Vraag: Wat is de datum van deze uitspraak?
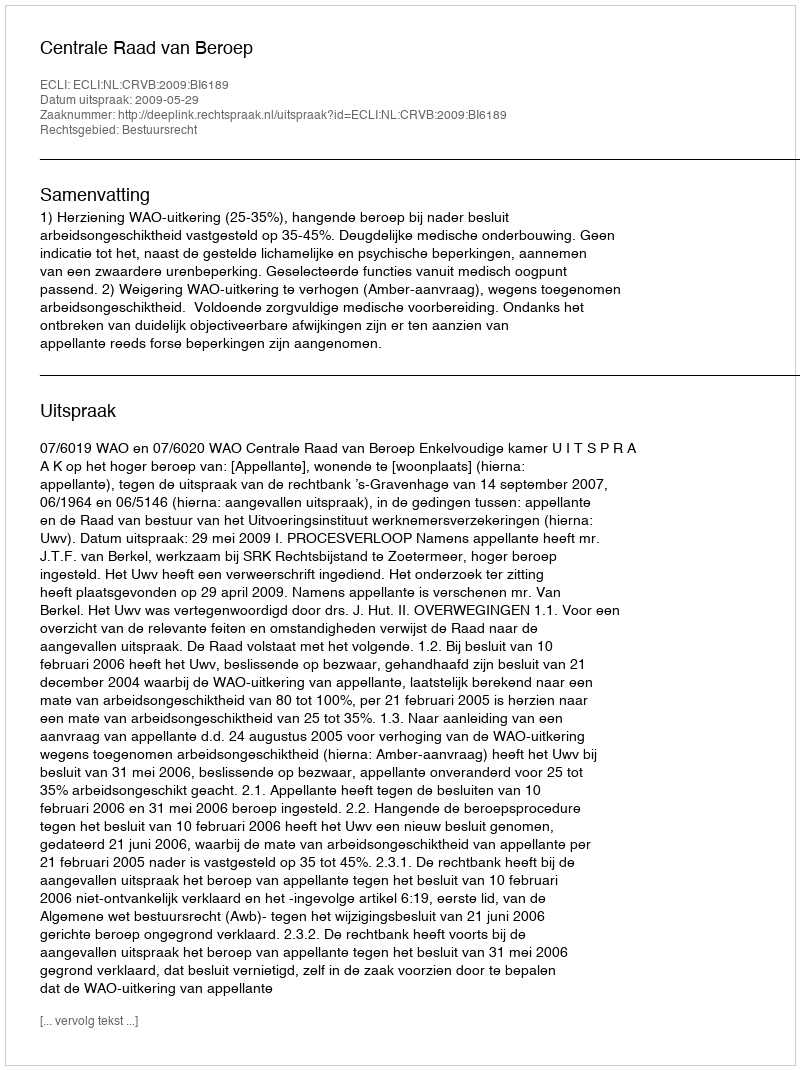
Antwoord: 2009-05-29